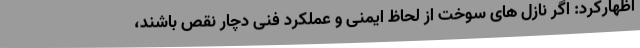
اظهارکرد: اگر نازل های سوخت از لحاظ ایمنی و عملکرد فنی دچار نقص باشند،